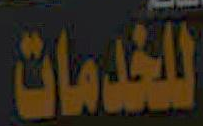
للخدمات